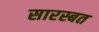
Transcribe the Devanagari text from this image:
सारस्बत